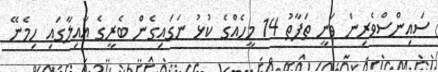
ސައިންސްވެރިން ވަނީ ތަފާތު 14 މީހެއްގެ ކުޅު ނަގައިގެން ބެރީގެ އާއިލާގައި ހިމެނޭ